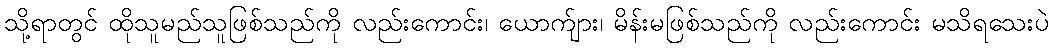
သို့ရာတွင် ထိုသူမည်သူဖြစ်သည်ကို လည်းကောင်း၊ ယောက်ျား၊ မိန်းမဖြစ်သည်ကို လည်းကောင်း မသိရသေးပဲ